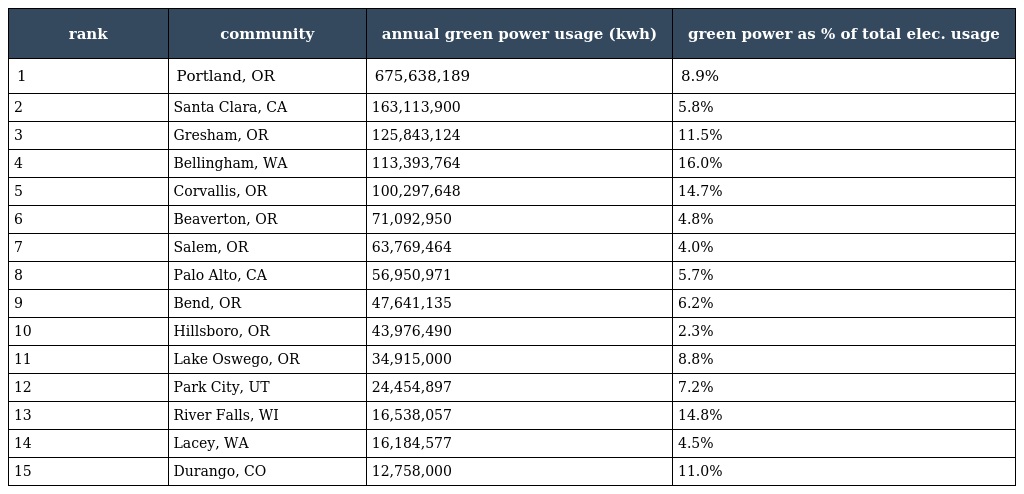
| rank | community | annual green power usage (kwh) | green power as % of total elec. usage |
 | --- | --- | --- | --- |
 | 1 | Portland, OR | 675,638,189 | 8.9% |
 | 2 | Santa Clara, CA | 163,113,900 | 5.8% |
 | 3 | Gresham, OR | 125,843,124 | 11.5% |
 | 4 | Bellingham, WA | 113,393,764 | 16.0% |
 | 5 | Corvallis, OR | 100,297,648 | 14.7% |
 | 6 | Beaverton, OR | 71,092,950 | 4.8% |
 | 7 | Salem, OR | 63,769,464 | 4.0% |
 | 8 | Palo Alto, CA | 56,950,971 | 5.7% |
 | 9 | Bend, OR | 47,641,135 | 6.2% |
 | 10 | Hillsboro, OR | 43,976,490 | 2.3% |
 | 11 | Lake Oswego, OR | 34,915,000 | 8.8% |
 | 12 | Park City, UT | 24,454,897 | 7.2% |
 | 13 | River Falls, WI | 16,538,057 | 14.8% |
 | 14 | Lacey, WA | 16,184,577 | 4.5% |
 | 15 | Durango, CO | 12,758,000 | 11.0% |